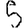
Digit: 5